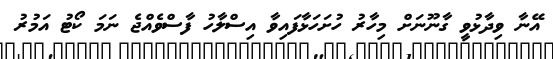
އޭނާ ވިދާޅުވީ ގާނޫނަށް މިހާރު ހުށަހަޅާފައިވާ އިސްލާހު ފާސްވެއްޖެ ނަމަ ކޯޓު އަމުރު